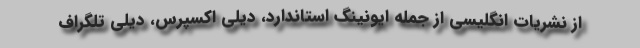
از نشریات انگلیسی از جمله ایونینگ استاندارد، دیلی اکسپرس، دیلی تلگراف